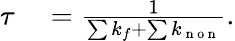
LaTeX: \begin{array}{rl}{\tau}&{{}=\frac{1}{\sum k_{f}+\sum k_{\mathrm{~n~o~n~}}}.}\end{array}